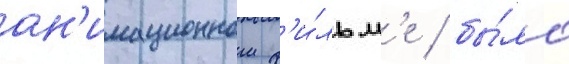
ан'имационном ф'и́льм'е / бы́ло